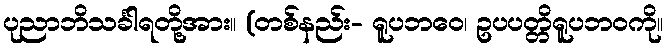
ပုညာဘိသင်္ခါရတို့အား။ (တစ်နည်း- ရူပဘဝေ၊ ဥပပတ္တိရူပဘဝကို။